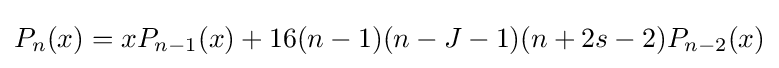
P_{n}(x)=xP_{n-1}(x)+16(n-1)(n-J-1)(n+2s-2)P_{n-2}(x)